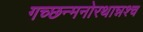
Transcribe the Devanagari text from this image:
गच्छन्मनोरथान्नश्च